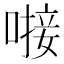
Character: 𪡸